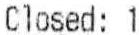
CLOSED: 1